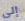
إلى